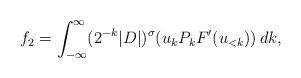
LaTeX: \begin{align*}f_2 = \int_{-\infty}^\infty (2^{-k}|D|)^\sigma ( u_k P_k F'(u_{<k}))\, dk,\end{align*}